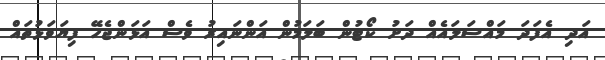
އަދި އެފަދަ މައްސަލައެއް ދަށު ކޯޓުން ބަލަމުން އަންނައިރު ވެސް އަޅަންޖެހޭ ފިޔަވަޅުތައް